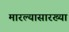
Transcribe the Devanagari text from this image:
मारल्यासारख्या